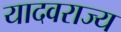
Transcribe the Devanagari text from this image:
यादवराज्य